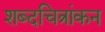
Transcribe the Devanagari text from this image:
शब्दचित्रांकन